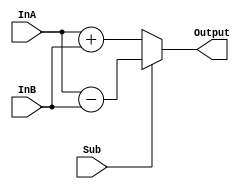
module Add_Sub_8bit(Sub,InA,InB,Output);

input Sub ;
input [7:0] InA,InB ;
output reg [7:0] Output ;

always @ (Sub,InA,InB)
begin
	if (Sub)
		Output = InA - InB ;
	else
		Output = InA + InB ;
end

endmodule